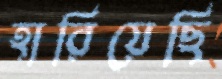
হারিয়েছি